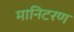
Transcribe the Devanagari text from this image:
मानिटरण